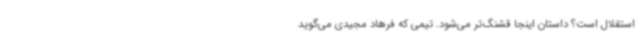
استقلال است؟ داستان اینجا قشنگ‌تر می‌شود. تیمی که فرهاد مجیدی می‌گوید